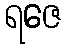
ရဇေ